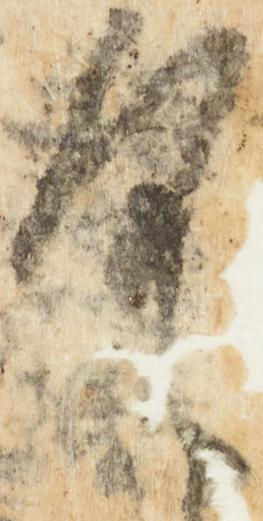
具